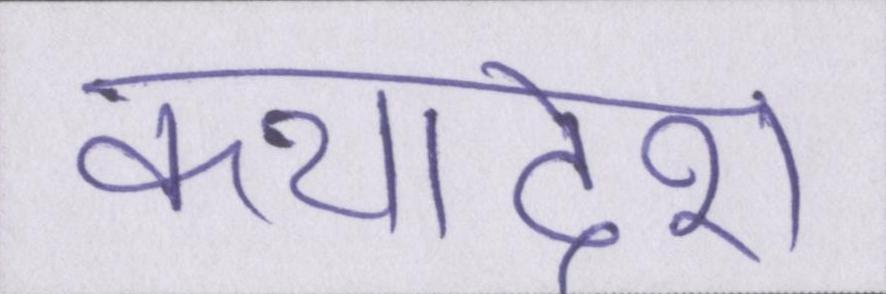
कथादेश